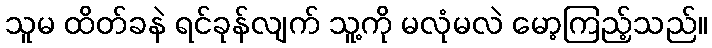
သူမ ထိတ်ခနဲ ရင်ခုန်လျက် သူ့ကို မလုံမလဲ မော့ကြည့်သည်။